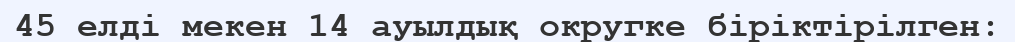
45 елді мекен 14 ауылдық округке біріктірілген: